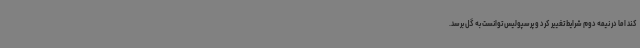
کند اما در نیمه دوم شرایط تغییر کرد و پرسپولیس توانست به گل برسد.